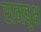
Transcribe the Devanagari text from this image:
रामबृक्ष